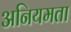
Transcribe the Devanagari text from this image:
अनियमता